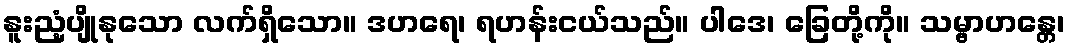
နူးညံ့ပျိုနုသော လက်ရှိသော။ ဒဟရေ၊ ရဟန်းငယ်သည်။ ပါဒေ၊ ခြေတို့ကို။ သမ္ဗာဟန္တေ၊